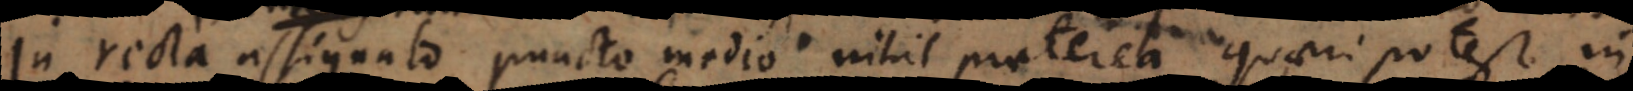
In recta assignato puncto medio nihil praeterea quaeri potest,